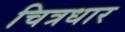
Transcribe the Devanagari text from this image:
चित्रधार